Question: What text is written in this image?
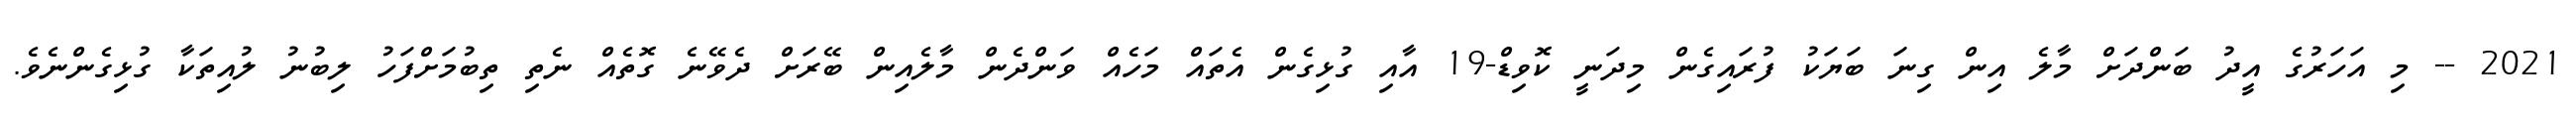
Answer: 2021 -- މި އަހަރުގެ އީދު ބަންދަށް މާލެ އިން ގިނަ ބަޔަކު ފުރައިގެން މިދަނީ ކޮވިޑް-19 އާއި ގުޅިގެން އެތައް މަހެއް ވަންދެން މާލެއިން ބޭރަށް ދެވޭނެ ގޮތެއް ނެތި ތިބުމަށްފަހު ލިބުނު ލުއިތަކާ ގުޅިގެންނެވެ.